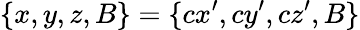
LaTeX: \{ x,y,z,B\} =\{ cx^{\prime},cy^{\prime},cz^{\prime},B\}